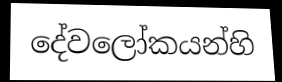
දේවලෝකයන්හි